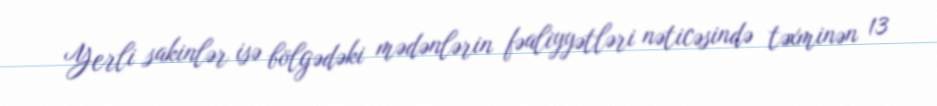
Yerli sakinlər isə bölgədəki mədənlərin fəaliyyətləri nəticəsində təxminən 13